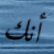
أنك